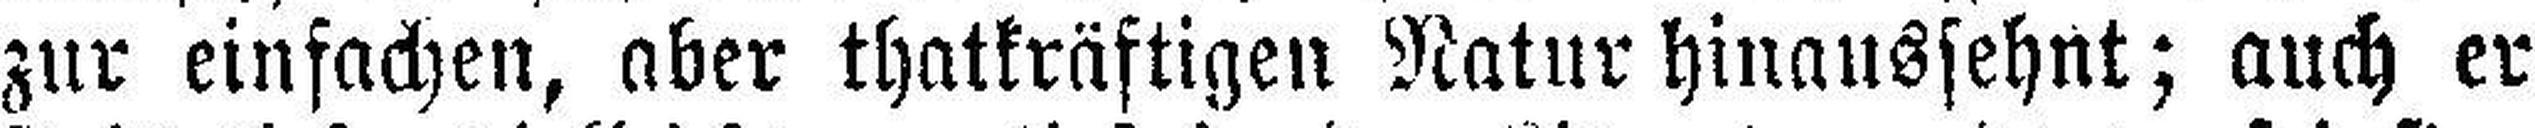
zur einfachen, aber thatkräftigen Natur hinaussehnt; auch er